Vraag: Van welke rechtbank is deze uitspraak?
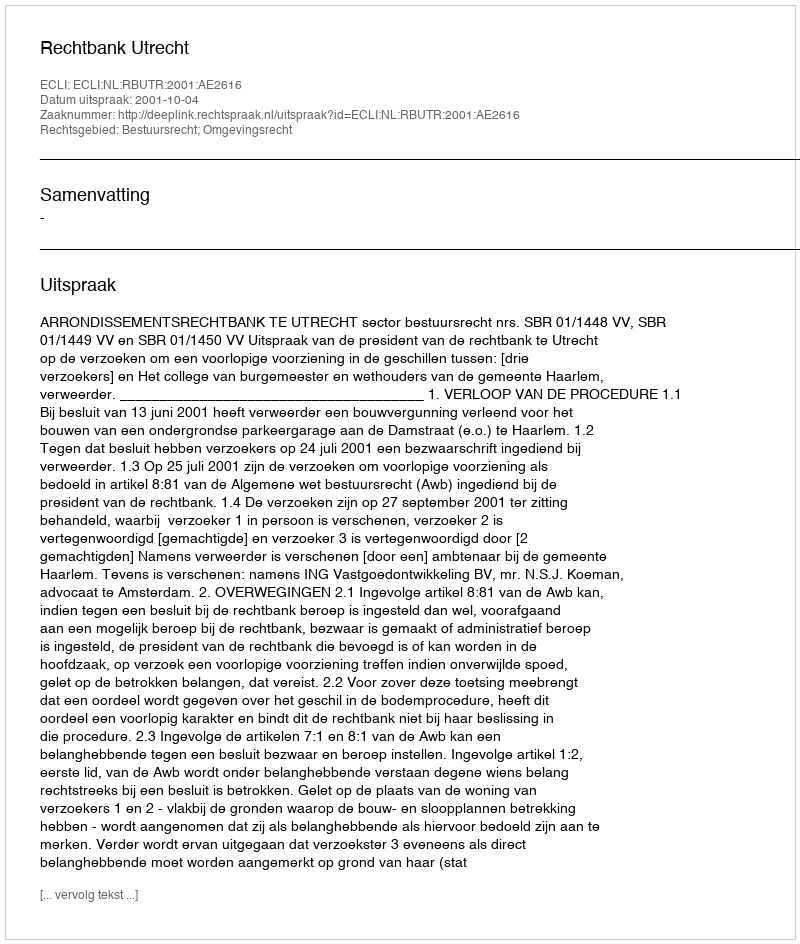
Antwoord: Rechtbank Utrecht